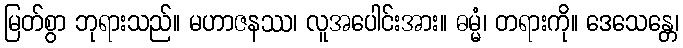
မြတ်စွာ ဘုရားသည်။ မဟာဇနဿ၊ လူအပေါင်းအား။ ဓမ္မံ၊ တရားကို။ ဒေသေန္တေ၊